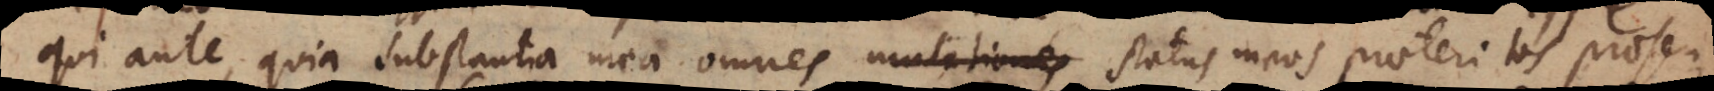
qui ante, quia substantia mea omnes mutationes status meos praeteritos praesen